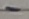
Text: -